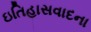
ઇતિહાસવાદના